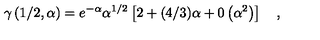
\gamma \left( 1 / 2 , \alpha \right) = e ^ { - \alpha } \alpha ^ { 1 / 2 } \left[ 2 + ( 4 / 3 ) \alpha + 0 \left( \alpha ^ { 2 } \right) \right] \quad ,